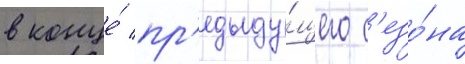
в конце́ пр'едыду́щего с'езо́на